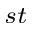
^ { s t }